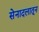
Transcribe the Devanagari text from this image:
सेनादलातून